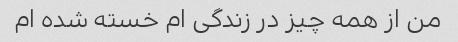
من از همه چیز در زندگی ام خسته شده ام